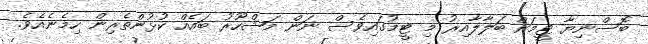
ބޮސްނިޔާ ޓީމަށް ބަލާލާއިރު މި ޓީމުގައިވެސް ނަން މަޝްހޫރު ބައެއް ކުޅުންތެރިން ހިމެނެއެވެ.